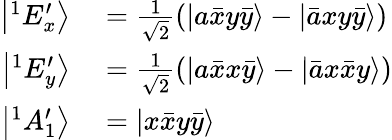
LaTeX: \begin{array}{rl}{\left|^{1}E_{x}^{\prime}\right\rangle}&{{}=\frac{1}{\sqrt{2}}\left(\left|a\bar{x}y\bar{y}\right\rangle-\left|\bar{a}xy\bar{y}\right\rangle\right)}\\ {\left|^{1}E_{y}^{\prime}\right\rangle}&{{}=\frac{1}{\sqrt{2}}\left(\left|a\bar{x}x\bar{y}\right\rangle-\left|\bar{a}x\bar{x}y\right\rangle\right)}\\ {\left|^{1}A_{1}^{\prime}\right\rangle}&{{}=\left|x\bar{x}y\bar{y}\right\rangle}\end{array}